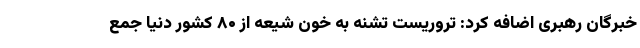
خبرگان رهبری اضافه کرد: تروریست تشنه به خون شیعه از ۸۰ کشور دنیا جمع